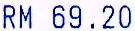
RM 69.20